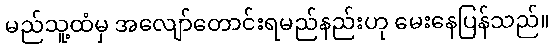
မည်သူ့ထံမှ အလျော်တောင်းရမည်နည်းဟု မေးနေပြန်သည်။